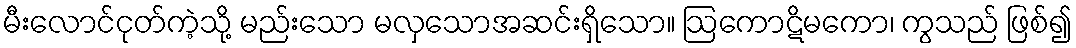
မီးလောင်ငုတ်ကဲ့သို့ မည်းသော မလှသောအဆင်းရှိသော။ ဩကောဋိမကော၊ ကွသည် ဖြစ်၍